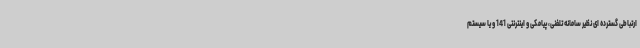
ارتباطی گسترده ای نظیر سامانه تلفنی، پیامکی و اینترنتی 141 و یا سیستم